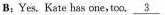
B;Yes. Kate has one, too.\underline{3}